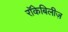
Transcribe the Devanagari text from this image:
रॉकेबिलीज़